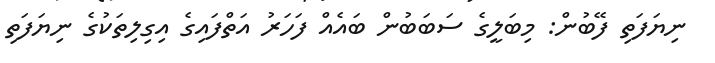
ނިޔަފަތި ފޭބުން: މިބަލީގެ ސަބަބުން ބައެއް ފަހަރު އަތްފައިގެ އިގިލިތަކުގެ ނިޔަފަތި